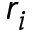
r _ { i }